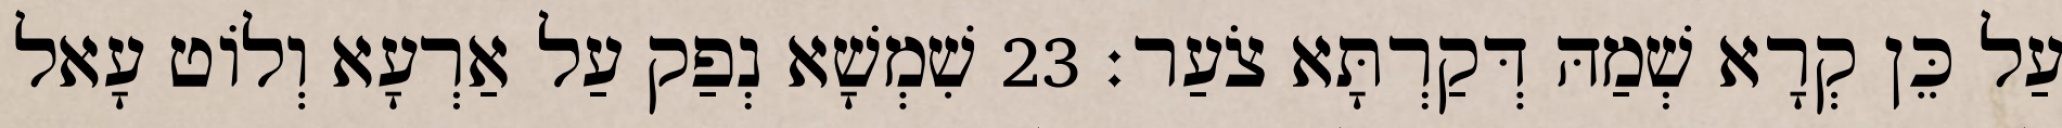
עַל כֵּן קְרָא שְׁמַהּ דְּקַרְתָּא צֹעַר׃ 23 שִׁמְשָׁא נְפַק עַל אַרְעָא וְלוֹט עָאל